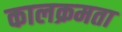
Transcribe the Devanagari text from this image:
कालक्रमता